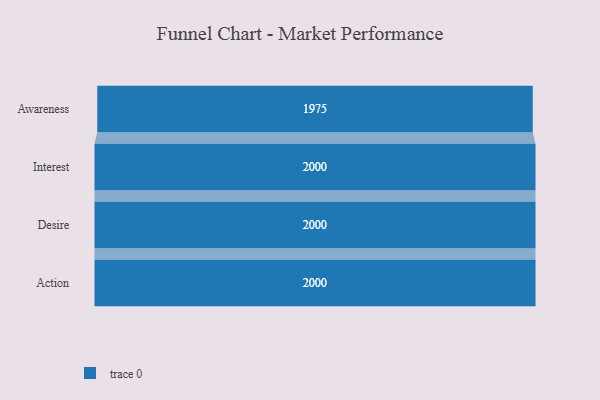
{"axis": {"x": "Stage", "y": "Value"}, "legend": [""], "data": [{"x": "Awareness", "y": 1975.0, "type": ""}, {"x": "Interest", "y": 2000, "type": ""}, {"x": "Desire", "y": 2000, "type": ""}, {"x": "Action", "y": 2000, "type": ""}]}